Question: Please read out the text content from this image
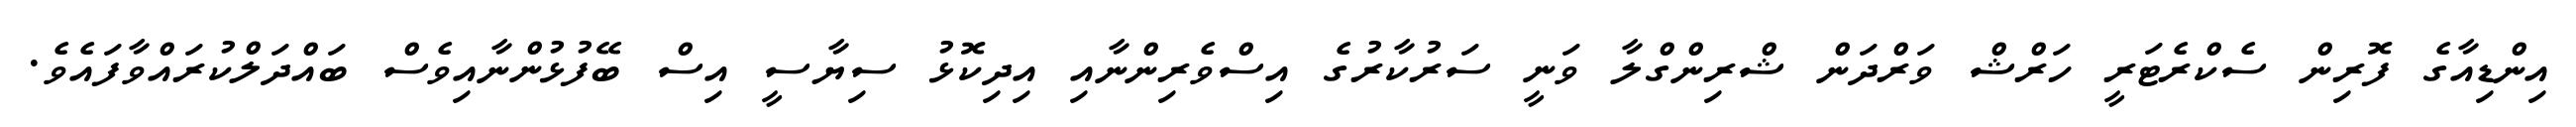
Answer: އިންޑިއާގެ ފޮރިން ސެކްރެޓަރީ ހަރްޝް ވަރްދަން ޝްރިންގްލާ ވަނީ ސަރުކާރުގެ އިސްވެރިންނާއި އިދިކޮޅު ސިޔާސީ އިސް ބޭފުޅުންނާއިވެސް ބައްދަލްކުރައްވާފައެވެ.